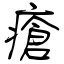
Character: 瘡